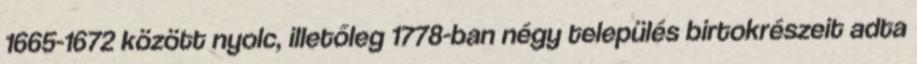
1665-1672 között nyolc, illetőleg 1778-ban négy település birtokrészeit adta